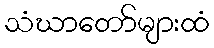
သံဃာတော်များထံ